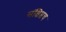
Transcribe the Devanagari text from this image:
संक्षिप्तच